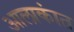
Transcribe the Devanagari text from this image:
आलाकांत